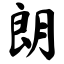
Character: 朗